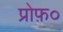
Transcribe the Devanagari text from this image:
प्रोफ़०